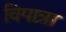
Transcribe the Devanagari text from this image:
विपात्रा